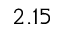
2 . 1 5